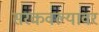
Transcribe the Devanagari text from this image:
सरकवल्यावर